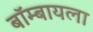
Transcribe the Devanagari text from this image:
बॉम्बायला